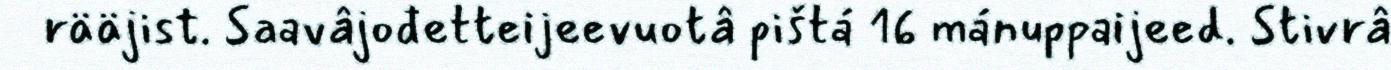
rääjist. Saavâjođetteijeevuotâ pištá 16 mánuppaijeed. Stivrâ